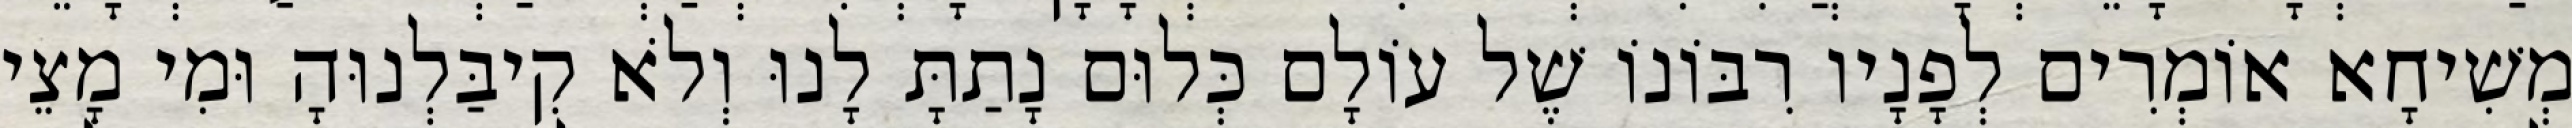
מְשִׁיחָא אוֹמְרִים לְפָנָיו רִבּוֹנוֹ שֶׁל עוֹלָם כְּלוּם נָתַתָּ לָנוּ וְלֹא קִיבַּלְנוּהָ וּמִי מָצֵי